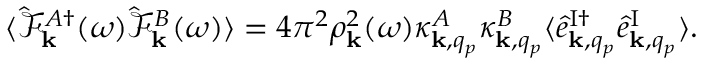
\begin{array} { r } { \langle \hat { \mathcal { F } } _ { { \bf k } } ^ { A \dagger } ( \omega ) \hat { \mathcal { F } } _ { { \bf k } } ^ { B } ( \omega ) \rangle = 4 \pi ^ { 2 } \rho _ { { \bf k } } ^ { 2 } ( \omega ) \kappa _ { { \bf k } , q _ { p } } ^ { A } \kappa _ { { \bf k } , q _ { p } } ^ { B } \langle \hat { e } _ { { \bf k } , q _ { p } } ^ { \mathrm { I } \dagger } \hat { e } _ { { \bf k } , q _ { p } } ^ { \mathrm { I } } \rangle . } \end{array}